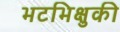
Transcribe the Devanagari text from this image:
भटभिक्षुकी